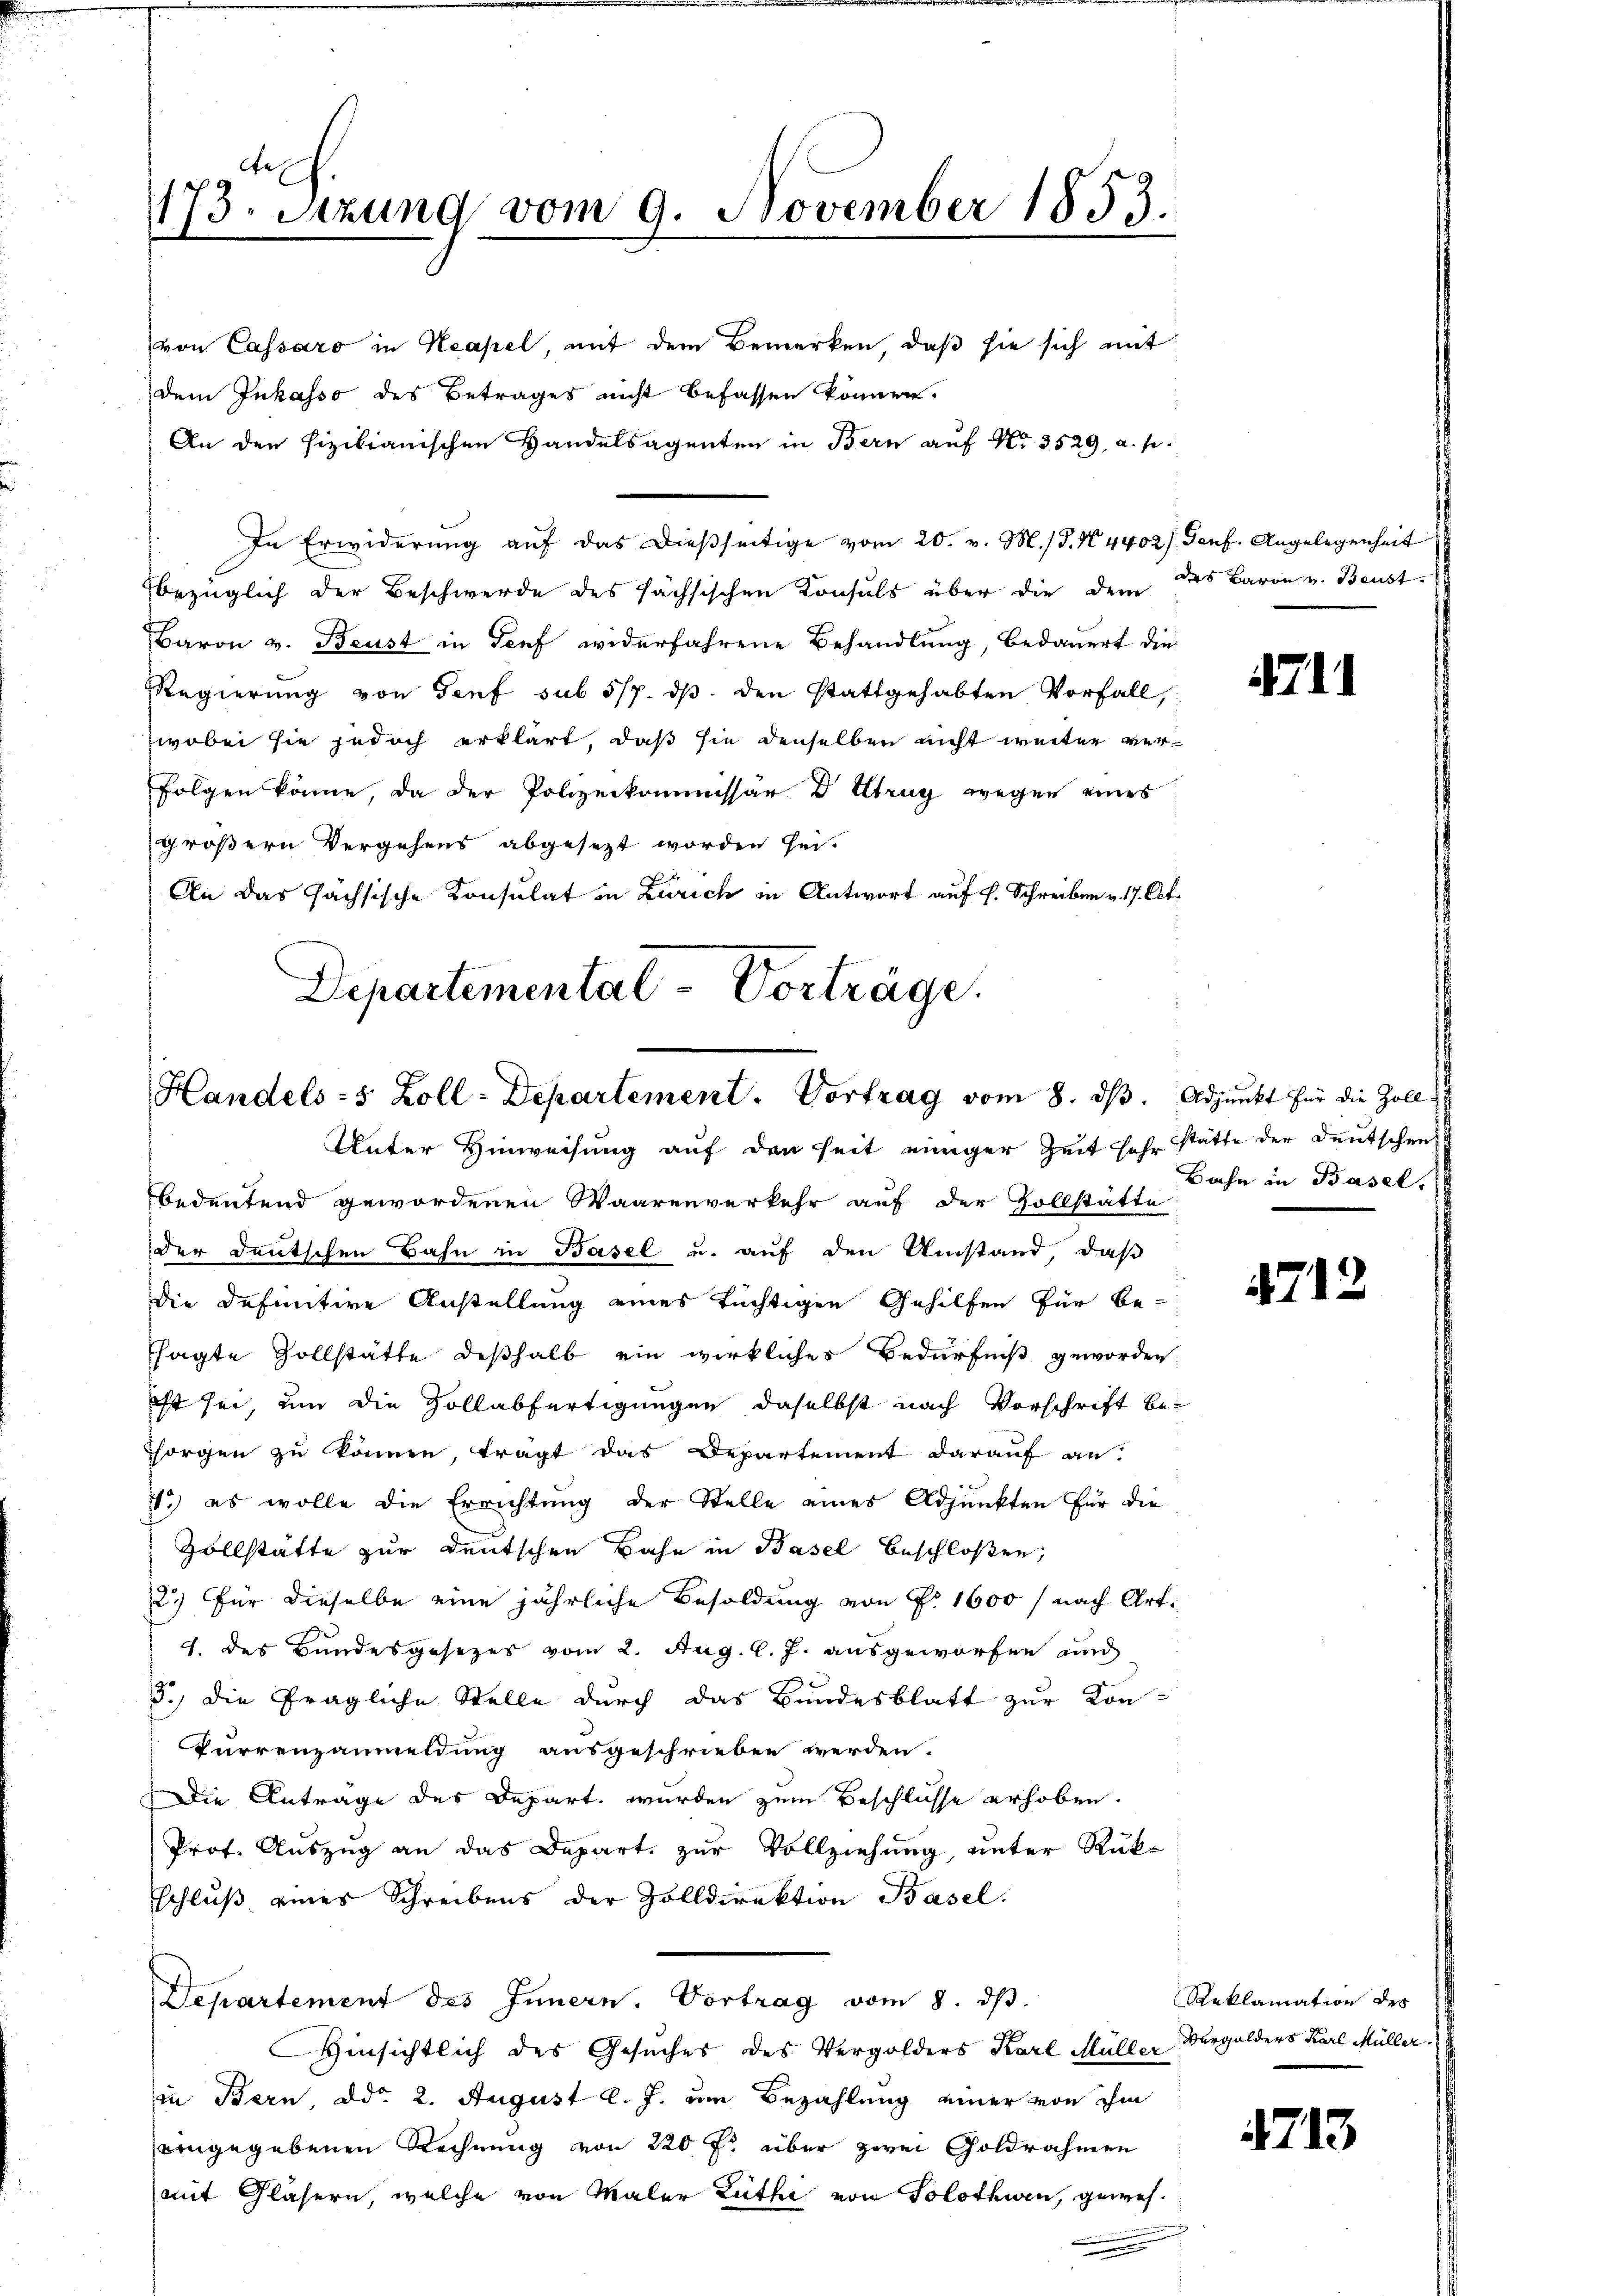
73. Sitzung vom 9. November 1853.
.

von Cassaro in Neapel, mit dem Bemerken, daß sie sich mit
dem Inkasso des Betrages nicht befassen können.
An den sizilianischen Handelsagenten in Bern auf No 3529, a. p.
In Erwiderung auf das dießseitige vom 20. v. M. /d. N. 4402) Genf. Angelegenheit
bezüglich der Beschwerde des sächsischen Konsuls über die dem des Baron v. Beust
Baron v. Brust in Genf widerfahrene Behandlung, bedauert die
Regierung von Genf sub 5/7. ds. den stattgehabten Vorfall,
wobei sie jedoch erklärt, daß sie denselben nicht weiter verfolgen könne, da der Polizeikommissär D trug wegen eines
größern Vergehens abgesezt worden sei.
An das sächsische Konsulat in Zürich in Antwort auf s. Schreiben v. 17. Oct.
Departemental-Vorträge.

Handels- 5 Zoll-Departement. Vortrag vom 8. ds. Adjunkt für die Zoll
Unter Hinweisung auf den seit einiger Zeit sehr stätte der Deutschen

bedeutend gewordenen Waarenverkehr auf der Zollstätte
der Deutschen Bahn in Basel u. auf den Umstand, daß
die Definitive Anstellung eines tüchtigen Gehilfen für Be-
ssagte Zollstätte deßhalb ein wirkliches Bedürfniß geworden
ist sei, um die Zollabfertigungen daselbst nach Vorschrift be¬
Horgen zu können, trägt das Departement darauf an.
1.) es wolle die Errichtung der Stelle eines Adjunkten für die
Zollstätte zur Deutschen Bahn in Basel beschloßen,
2.) Für dieselbe eine jährliche Besoldung von Nr. 1600 / nach Art.
1. des Bundesgesezes vom 2. Aug. l. J. ausgeworfen und
3.) Die fragliche Stelle durch das Bundesblatt zur Kon-
Kurrenzanmeldung ausgeschrieben werden.
Die Anträge des Depart wurden zum Beschlüsse erhoben.
Prof. Auszug an das Depart zur Vollziehung, unter Rükschluß eines Schreibens der Zolldirektion Basel.
Departement des Innern. Vortrag vom 8. dβ.
Hinsichtlich des Gesuches des Vergolders Karl Müller Vergolders Karl Müller.
in Bern, ddo 2. August l. J. um Bezahlung einer von ihm
eingegebenen Rechnung von 220 f über zwei Goldrahmen
mit Gläsern, welche von Maler Ruthe von Solothurn, gewes

4711

Bahn in Basel.

4712

Reklamation des

4713